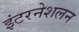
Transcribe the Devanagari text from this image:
इंटरनेशलन